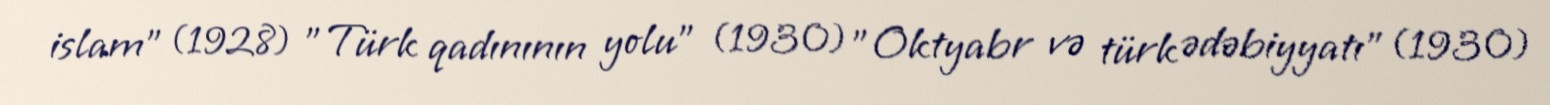
islam" (1928) "Türk qadınının yolu" (1930) "Oktyabr və türk ədəbiyyatı" (1930)